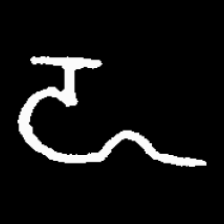
Pyu character \u2014 Myanmar letter: ဍ (romanized: dda)